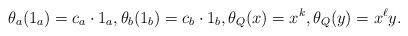
LaTeX: \begin{align*}\theta_a(1_a) = c_a\cdot 1_a, \theta_b(1_b) = c_b\cdot 1_b, \theta_Q(x) = x^k, \theta_Q(y) = x^\ell y.\end{align*}